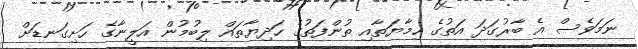
ނަމަވެސް އެ ބާރުގަދަ އަތުގެ ހިމާޔަތާއި ތުންފަތުގެ ހަދިޔާތައް ލިބުމުން އަލީނާގެ ހަށިގަނޑަށް